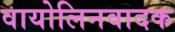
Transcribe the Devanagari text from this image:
वायोलिनवादक